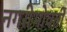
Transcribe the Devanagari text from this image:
नगरीभोवती